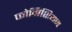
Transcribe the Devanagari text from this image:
फोनिशियन